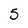
Character: 5